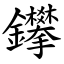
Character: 鑻